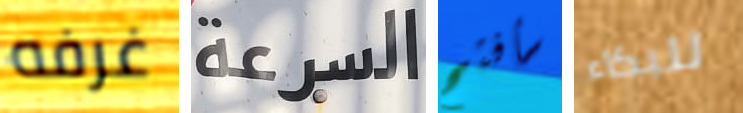
غرفه السرعة سأفتح للبكاء